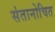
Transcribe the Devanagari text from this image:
संतानोचित